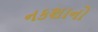
નકશાનો